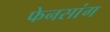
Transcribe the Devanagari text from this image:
फेनसांग